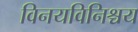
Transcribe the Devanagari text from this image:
विनयविनिश्चय